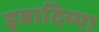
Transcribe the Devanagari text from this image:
इबादिय्या